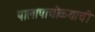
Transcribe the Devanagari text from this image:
पालापाचोळ्याची